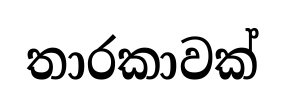
තාරකාවක්